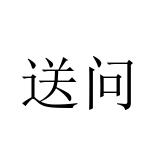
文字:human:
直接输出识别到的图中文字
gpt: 送问